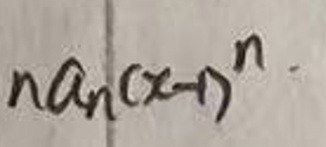
$na_n(x - 1)^n$